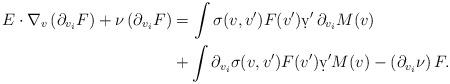
LaTeX: \begin{align*} E \cdot \nabla_v \left( \partial_{ v_i} F \right) + \nu \left( \partial_{ v_i} F \right) & = \int \sigma ( v, v') F ( v') \d v' \, \partial_{ v_i} M ( v) \\ & + \int \partial_{ v_i} \sigma ( v, v') F ( v') \d v' M( v)- \left( \partial_{ v_i} \nu \right) F . \end{align*}